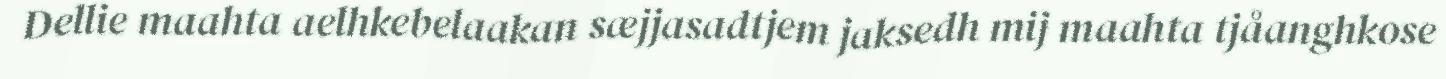
Dellie maahta aelhkebelaakan sæjjasadtjem jaksedh mij maahta tjåanghkose